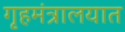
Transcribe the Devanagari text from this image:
गृहमंत्रालयात